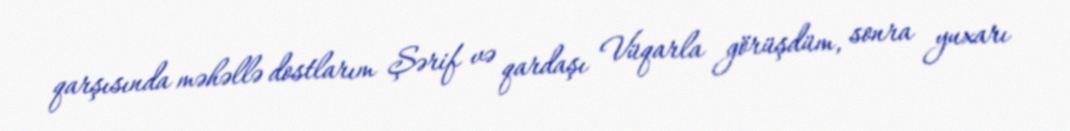
qarşısında məhəllə dostlarım Şərif və qardaşı Vüqarla görüşdüm, sonra yuxarı